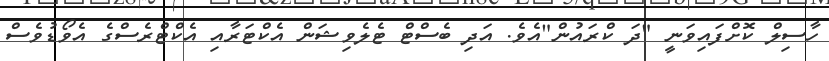
ހާސިލް ކޮށްފައިވަނީ "ދަ ކްރައުން"އެވެ. އަދި ބެސްޓް ޓެލެވިޝަން އެކްޓަރާއި އެކްޓްރެސްގެ އެވޯޑުވެސް